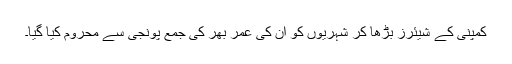
کمپنی کے شیئرز بڑھا کر شہریوں کو ان کی عمر بھر کی جمع پونجی سے محروم کیا گیا۔